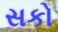
સકો